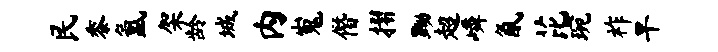
民黍氲架龄城内嵬僭摺黝超嶙氤芘琬祚旱